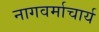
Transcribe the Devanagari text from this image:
नागवर्माचार्य